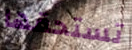
تستحقها